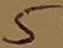
Text: 5